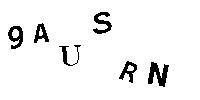
9AUSRN